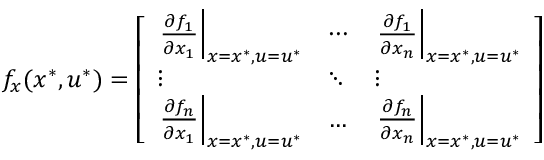
f _ { x } ( x ^ { * } , u ^ { * } ) = { \left[ \begin{array} { l l l } { \left. { \frac { \partial f _ { 1 } } { \partial x _ { 1 } } } \right| _ { x = x ^ { * } , u = u ^ { * } } } & { \cdots } & { \left. { \frac { \partial f _ { 1 } } { \partial x _ { n } } } \right| _ { x = x ^ { * } , u = u ^ { * } } } \\ { \vdots } & { \ddots } & { \vdots } \\ { \left. { \frac { \partial f _ { n } } { \partial x _ { 1 } } } \right| _ { x = x ^ { * } , u = u ^ { * } } } & { \ldots } & { \left. { \frac { \partial f _ { n } } { \partial x _ { n } } } \right| _ { x = x ^ { * } , u = u ^ { * } } } \end{array} \right] }